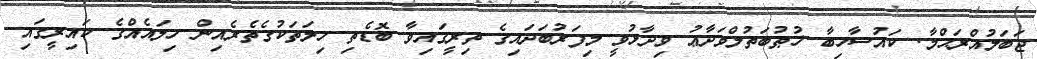
ޖަބަލުއްރަޙްމާ. ކައުސާހިބާ ޚުޠުބަތުލްވަދާޢު ވިދާޅުވީ މިފަރުބަދައިގެ ތިރީގައިވާ ބޮޑެތި ހިލަތަކުގެތެރެއިން ހިލައެއްގެ ކައިރީގައި